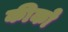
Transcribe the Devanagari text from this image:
कीको